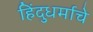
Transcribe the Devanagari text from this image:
हिंदुधर्माचे